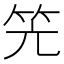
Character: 𮅂